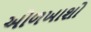
અોળખાશો